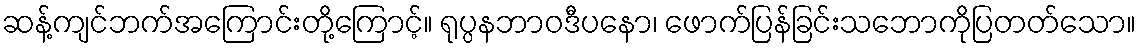
ဆန့်ကျင်ဘက်အကြောင်းတို့ကြောင့်။ ရုပ္ပနဘာဝဒီပနော၊ ဖောက်ပြန်ခြင်းသဘောကိုပြတတ်သော။